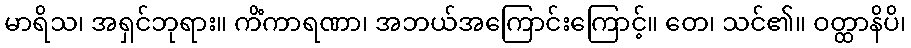
မာရိသ၊ အရှင်ဘုရား။ ကိံကာရဏာ၊ အဘယ်အကြောင်းကြောင့်။ တေ၊ သင်၏။ ဝတ္ထာနိပိ၊